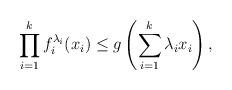
LaTeX: \begin{align*}\prod_{i=1}^k f^{\lambda_i}_i (x_i) \le g \left(\sum_{i=1}^k \lambda_i x_i \right),\end{align*}